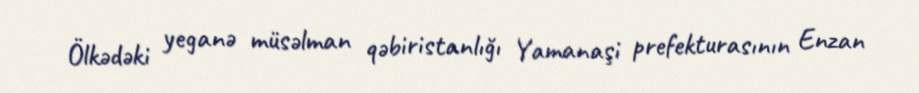
Ölkədəki yeganə müsəlman qəbiristanlığı Yamanaşi prefekturasının Enzan